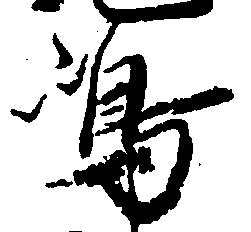
嶋